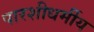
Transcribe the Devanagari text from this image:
पारशीधर्मीय